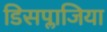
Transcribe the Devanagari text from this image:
डिसप्लाजिया